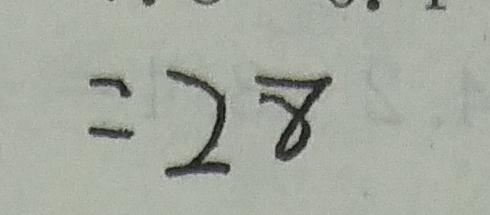
= 2 8